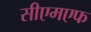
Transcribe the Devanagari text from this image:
सीएमएफ